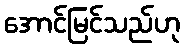
အောင်မြင်သည်ဟု